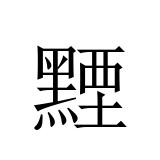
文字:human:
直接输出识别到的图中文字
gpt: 黫